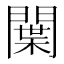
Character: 𨵳